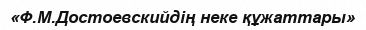
«Ф.М.Достоевскийдің неке құжаттары»